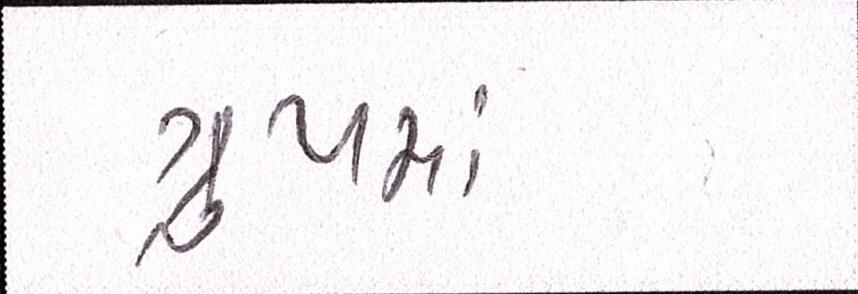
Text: ગુ્રપમાં